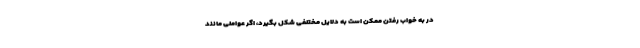
در به خواب رفتن ممکن است به دلایل مختلفی شکل بگیرد، اگر عواملی مانند